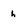
Character: h